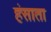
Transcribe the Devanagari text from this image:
हंसाता